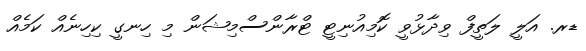
ޑރ. އަލީ ލަތީފް ވިދާޅުވީ ކޮމިއުނިޓީ ޓްރާންސްމިޝަން މި ހިނގީ ކިހިނެއް ކަމެއް